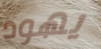
يهود